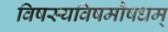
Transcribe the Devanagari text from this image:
विषस्यविषमौषधम्‌